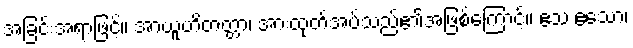
အခြင်းအရာဖြင့်။ အာယူဟိတတ္တာ၊ အားထုတ်အပ်သည်၏အဖြစ်ကြောင့်။ ဧသ ဧသော၊